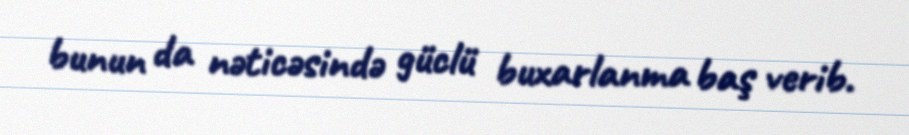
bunun da nəticəsində güclü buxarlanma baş verib.